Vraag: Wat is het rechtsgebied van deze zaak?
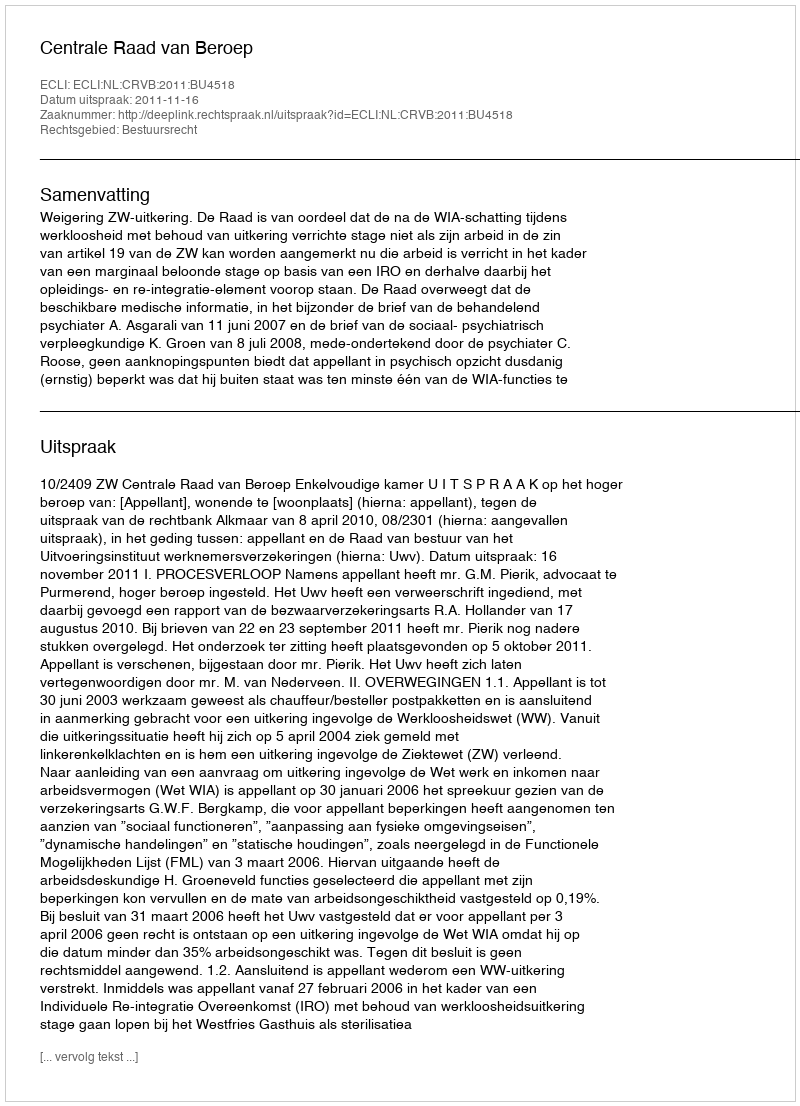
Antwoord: Bestuursrecht